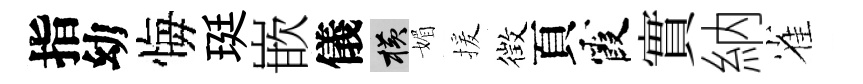
指幼悔珽嵌儀横媚援徴頁霞實納雀